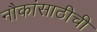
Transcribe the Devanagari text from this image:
नौकांसाठीची